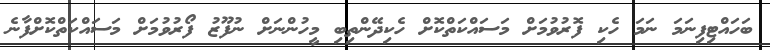
ބަހައްޓިފިނަމަ ނަމަ ހެކި ފޮރުވުމަށް މަސައްކަތްކޮށް ހެކިދޭންތިބި މީހުންނަށް ނުފޫޒު ފޯރުވުމަށް މަސައްކަތްކޮށްފާނެ